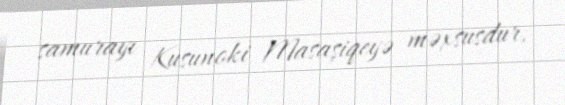
samurayı Kusunoki Masaşiqeyə məxsusdur.